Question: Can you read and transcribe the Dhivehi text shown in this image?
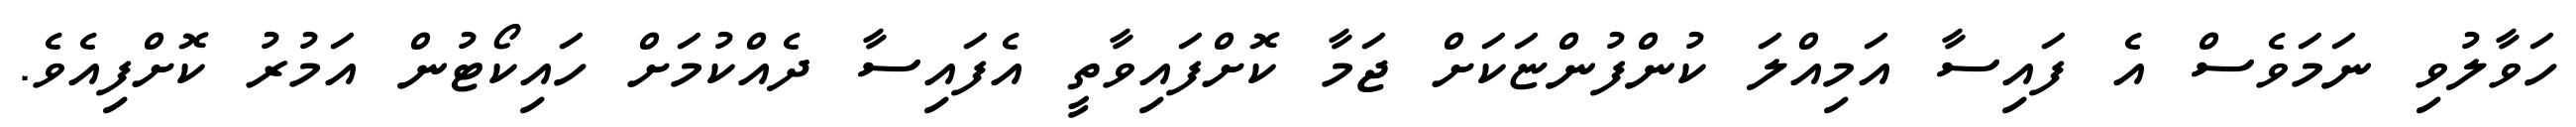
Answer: ހަވާލުވި ނަމަވެސް އެ ފައިސާ އަމިއްލަ ކުންފުންޏަކަށް ޖަމާ ކޮށްފައިވާތީ އެފައިސާ ދެއްކުމަށް ހައިކޯޓުން އަމުރު ކޮށްފިއެވެ.